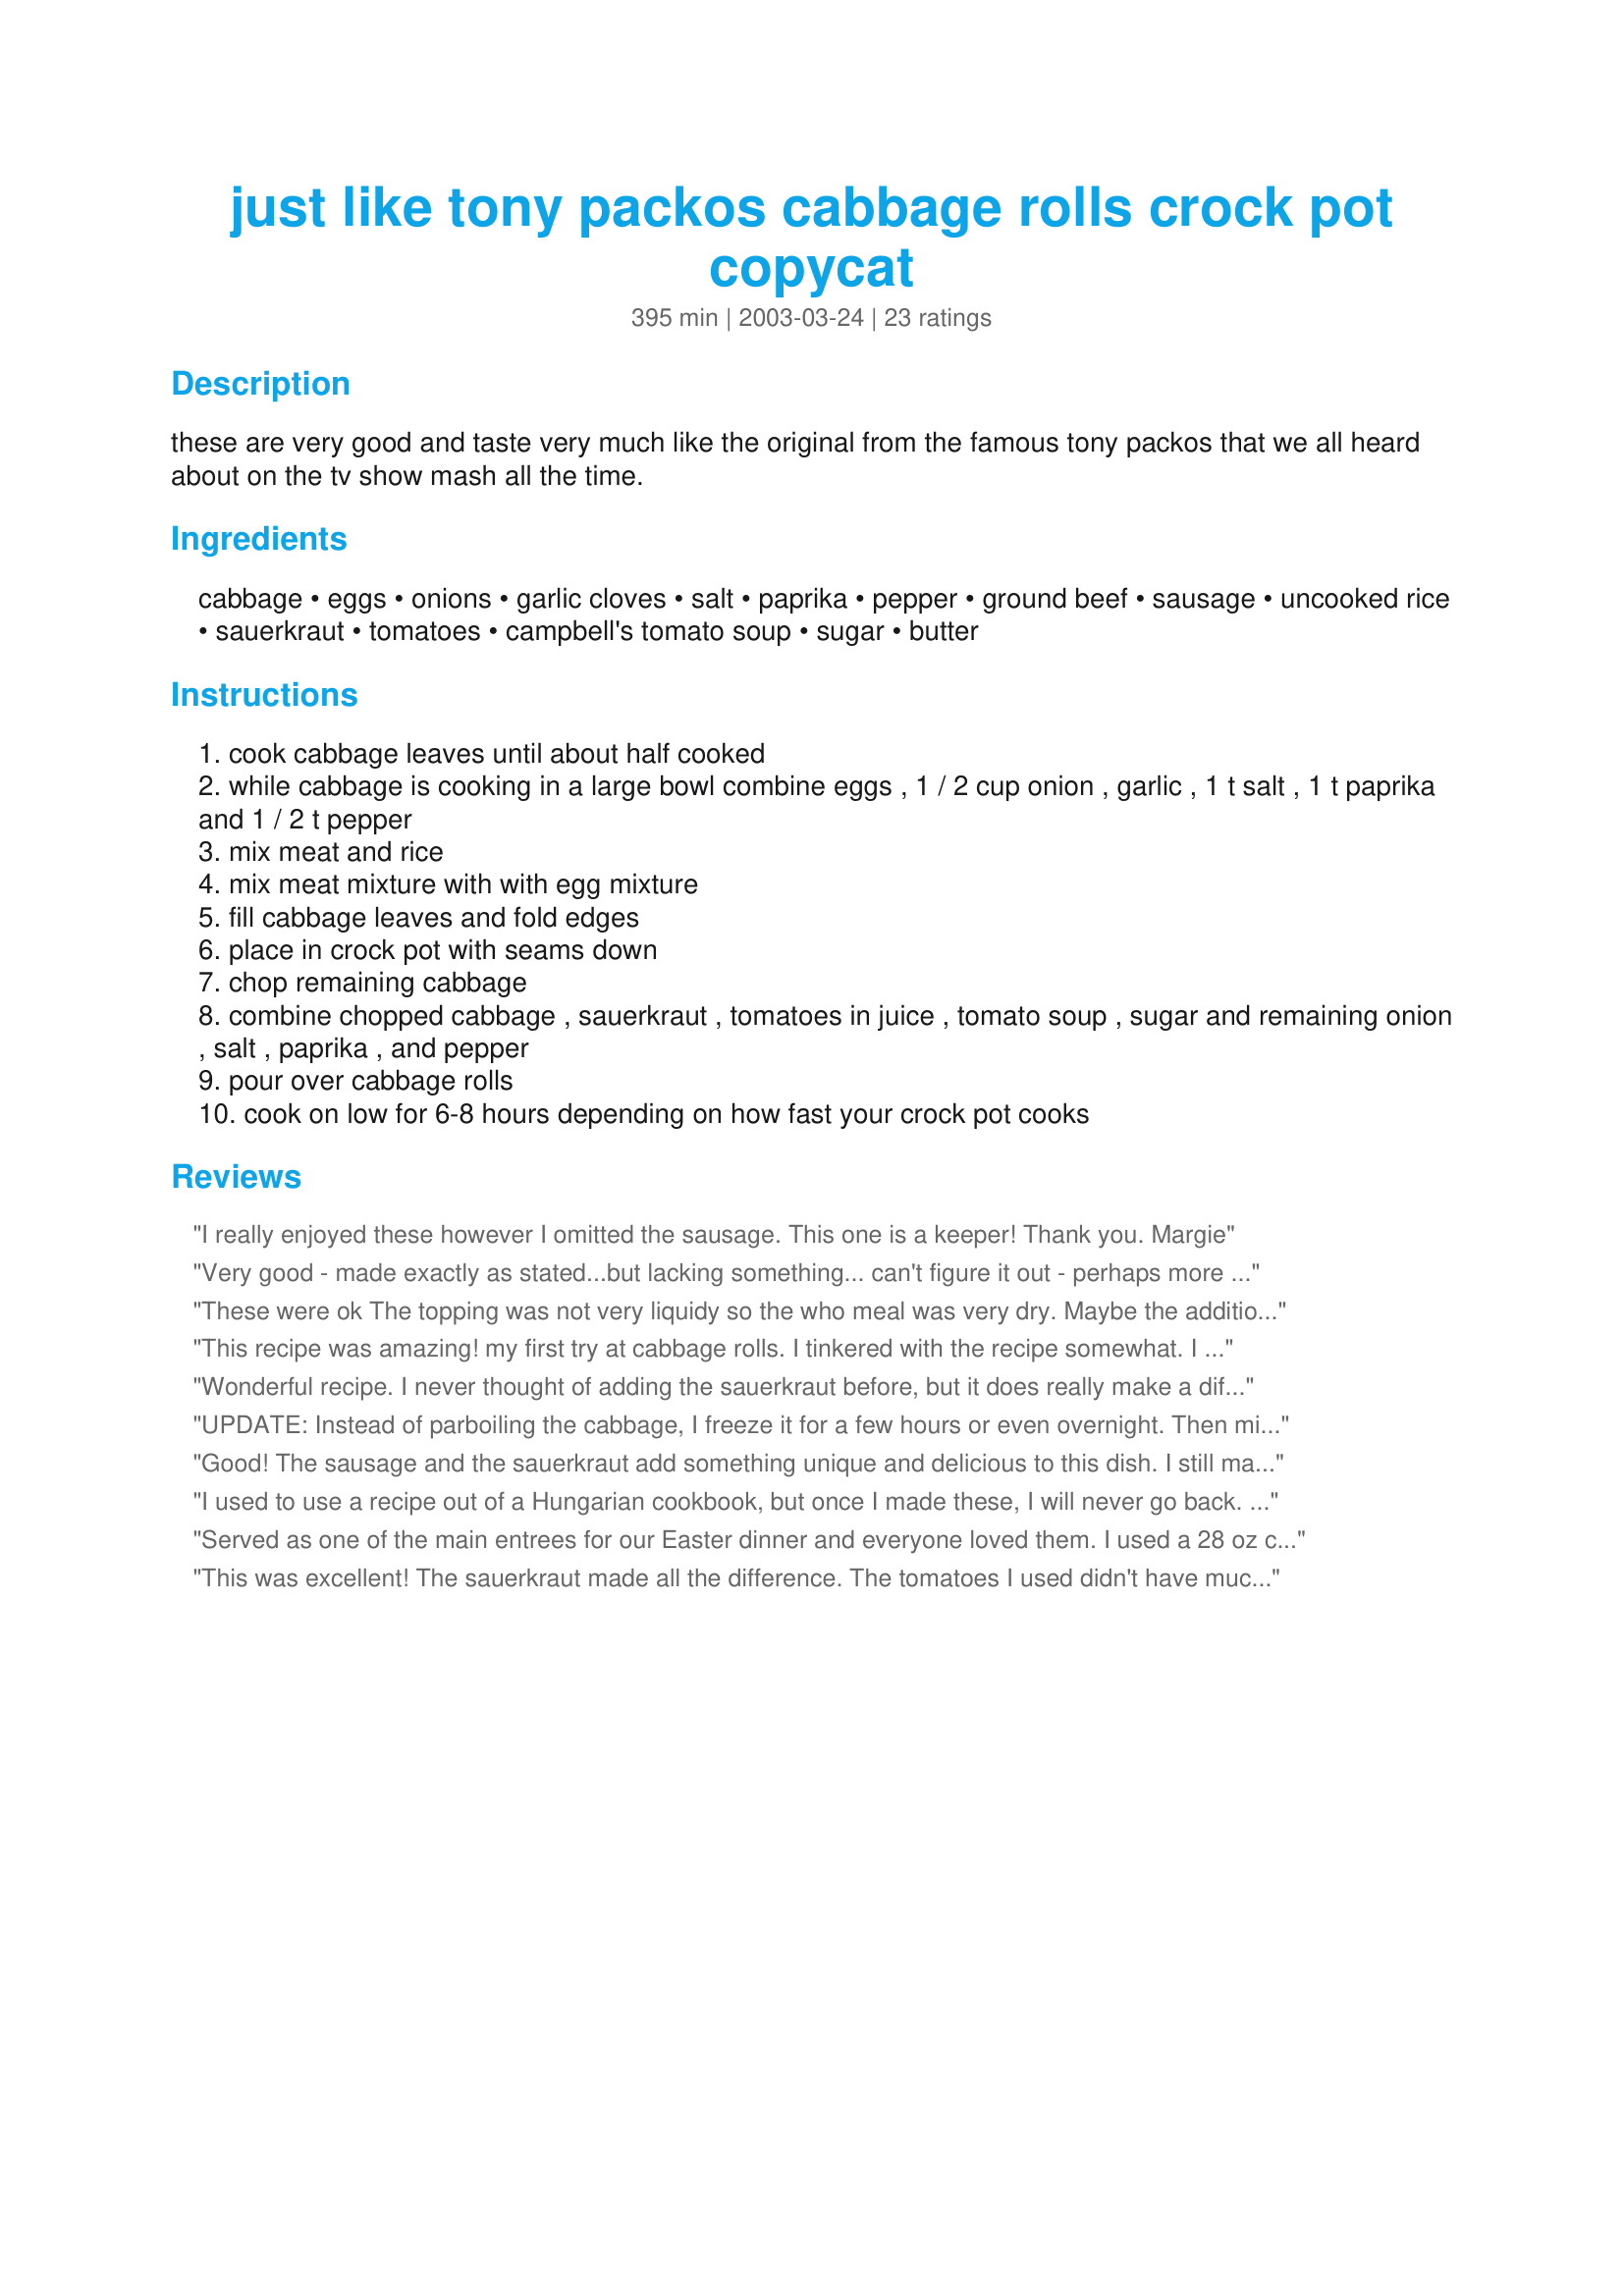
just like tony packos cabbage rolls crock pot copycat
Preparation time: 395 minutes

these are very good and taste very much like the original from the famous tony packos that we all heard about on the tv show mash all the time.

Ingredients:
cabbage, eggs, onions, garlic cloves, salt, paprika, pepper, ground beef, sausage, uncooked rice, sauerkraut, tomatoes, campbell's tomato soup, sugar, butter

Steps:
cook cabbage leaves until about half cooked
while cabbage is cooking in a large bowl combine eggs , 1 / 2 cup onion , garlic , 1 t salt , 1 t paprika and 1 / 2 t pepper
mix meat and rice
mix meat mixture with with egg mixture
fill cabbage leaves and fold edges
place in crock pot with seams down
chop remaining cabbage
combine chopped cabbage , sauerkraut , tomatoes in juice , tomato soup , sugar and remaining onion , salt , paprika , and pepper
pour over cabbage rolls
cook on low for 6-8 hours depending on how fast your crock pot cooks

Reviews:
I really enjoyed these however I omitted the sausage.

This one is a keeper!
Thank you.
Margie
Very good - made exactly as stated...but lacking something... can't figure it out - perhaps more salt and pepper - perhaps ??? more spice of somekind - help here, anyone?
These were ok The topping was not very liquidy so the who meal was very dry. Maybe the addition of the extra can of tomatoes was supposed to be tomato sauce? I don&#039;t know... I may try again but with some changes. One tip I have is instead of cooking the leaves, put them in the freezer the night before and then thaw them the next day. Makes them perfectly soft to make the rolls
This recipe was amazing! my first try at cabbage rolls. I tinkered with the recipe somewhat. I used ground turkey instead of beef, and I added some of my favorite spices, tabasco, chili powder, worchestershire. it turned out amazing! I followed the reviews and used only 1 can of tomatoes, and used brown sugar instead. I agree this is a big recipe, as I had almost more filing than cabbage leaves. (2lbs meat) It also filled 2 crockpots but I have 2 anyways.. and the leftovers are great.<br/>I love it when a recipe turns out awesome instead of ok. this was a hit..
Wonderful recipe. I never thought of adding the sauerkraut before, but it does really make a difference. Some people find Polish stuffed cabbages boring and bland, well..... I think they need to try these! I had plenty extra to freeze and send home with my mom. She loved them too.
UPDATE: Instead of parboiling the cabbage, I freeze it for a few hours or even overnight. Then microwave a minute at a time on high as you pull the leaves off. So much easier and your fingers don't get burnt!! Do you know how many cabbage rolls I have made in my lifetime trying to find THIS recipe? Thank you SO much for posting this! These are FANTASTIC! The only thing I did different was use ground pork instead of sausage and I added a little brown sugar to the sauce. I can't wait to make these again! Thanks so much!
Good! The sausage and the sauerkraut add something unique and delicious to this dish. I still make our Grandmom's traditional cabbage rolls but these are our second favorite. I should mention that I halved the recipe and it barely fit into my standard size crockpot. Easy, filling and great family meal!
I used to use a recipe out of a Hungarian cookbook, but once I made these, I will never go back. Excellent recipe!
Served as one of the main entrees for our Easter dinner and everyone loved them. I used a 28 oz can of tomatoes for the sauce and omitted the tomato soup. I substituted 2 Tbl brown sugar for the 1 Tbl of white sugar.
This was excellent! The sauerkraut made all the difference. The tomatoes I used didn't have much juice so I added 4 small cans of V-8. I didn't care for the sausage and I think I'll use just hamburger the next time. Thanks so much for this recipe. I really think it is my new favorite!
FANTASTIC recipe!!!!!! I used only ground sirloin and substituted tomato sauce for the soup. I am making some with TVP (textured vegetable protein) for my vegetarian daughters. THANK you for sharing - I LOVE this recipe! *****
This IS my new recipe for cabbage rolls. The dish is outstanding and has tons of flavor - most recipes are quite bland. My husband doesn't really care for them (I love them)but this recipe he really enjoyed. After reading the other reviews I just used one 16oz can of tomatoes, undrained, cooked it for 6 hours and it turned out fine. If someone wanted to make it really easy I would consider not even wrapping the meatballs, just put some of the cabbage on the bottom, layer the meat balls next and then the sauce mixture. Now they wouldn't exactly be "rolls" but for ease that step could be skipped. Thanks for sharing - we had a great meal tonight!
best cabbage rolls ever!
This was absolutley wonderful. I followed the recipe with only a minor change - had no tomatoe soup so substitued tomatoe sauce w/ a small amount of water. Hot Hungarian Paprika, oh yeah. Yummo. The only reason I can't give this 5 stars is that it was more than my crock pot could hold. I have a 3 1/2 and there was no way it was going to hold everything. Worked around it with good results, but be forewarned, this recipe is for the larger crock pots. If you have the smaller crock, half the recipe will work fine.
This was very good. I used a pound of Jimmy Dean Hot Sausage and it was very good. It was easy to make, in fact the hardest thing to do was cook the cabbage. I used Muir Glen Fire Roasted Tomatoes and did not use the butter.
I make these often from a recipe for a slightly different version. Mine calls for ground pork instead of sausage. Also, includes a sauce for the finished rolls that calls for cooking two small onions, chopped in one tablespoon butter. To this add 8 oz. sour cream and 1 pound can tomatoes mashed, juice retained. Since we're into spicy, I use Ro-Tels.
Excellent job, Ruth! My wife prepared this for my sister (our family is Slovak, so we know our cabbage rolls), and it was excellent! Used a 5-qt crock pot, and one or two comments...first, you have the canned tomatoes mentioned twice...one 16 oz can w/juice should work fine. We actually used a 24 oz can, and the juice was too much, we had to ladle a little bit off. And, we felt the tomatos were a bit too acidic to taste, so we doubled the sugar. Fantastic! Overall, and excellent recipe! Thank you!
Amazing cabbage rolls! I've never made cabbage rolls before, but in a fit of nostalgia went looking for a recipe like the one my grandmother used to make. This suited it to a T!! Everyone from my inlaws to my coworkers really enjoyed this. My husband even went back for seconds. The only think I will do differently is to add another can of tomatoes as they seemed to be very popular & made the leftovers a little moister. Thanks for a great recipe!!
Followed this exactly. Flavour was great but my rice didn&#039;t cook?
A big hit with the whole family. Didn't have tomato soup on hand so used tomato sauce instead of the canned tomatoes. Worked out great.
I once again logged on to find this specific recipe and realized I had not reviewed it even though this has become the standard recipe for me for cabbage rolls. The only thing I do differently is to cook them slowly in a roaster in the oven and this I do only because I make multiple batches at a time. The aroma, when these are cooking, is terrific ... just makes you happy to be in the house!
My DH really liked the flavor of this dish..Reminded him of a dish his Mother use to make when he was a kid.She called it, sarma casserole...I took one reviewers idea of chopping up the cabbage and layering in the crock pot,just like my MIL use to do...I didnt like it as well ..,was just too muchy this way..I will try making the rolls next time ...Youve made my DH a happy man...Thank U for this recipe..
These were delicious! I took Kachup's advice on this and used only 1 can of tomatoes and doubled the sugar. I used a can of rotel tomatoes because that was all I had since I forgot to buy a regular can. It was really tasty! I made half a recipe and the crockpot I have has keep warm, low, and high settings, it was done in 2 hours on low. Thanks for this great recipe!
